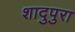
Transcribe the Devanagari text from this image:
शादुपुरा